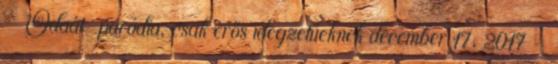
Odaát-paródia, csak erős idegzetűeknek december 17, 2017 -